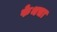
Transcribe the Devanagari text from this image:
फेथचा